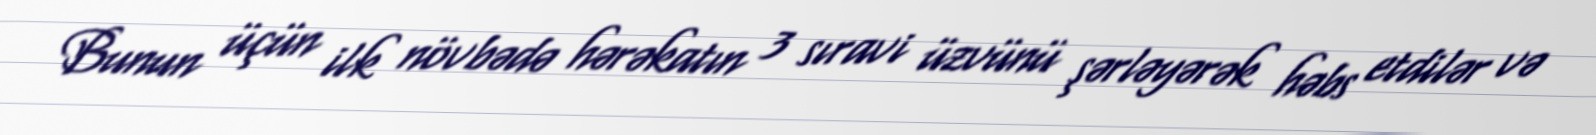
Bunun üçün ilk növbədə hərəkatın 3 sıravi üzvünü şərləyərək həbs etdilər və